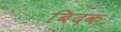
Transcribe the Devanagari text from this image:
बिदक